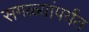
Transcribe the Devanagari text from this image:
सगळ्यांपर्यंत